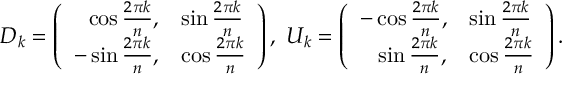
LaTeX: D _ { k } = \left( \begin{array} { l l } { { \, \, \, \, \cos \frac { 2 \pi k } { n } , } } & { { \sin \frac { 2 \pi k } { n } } } \\ { { - \sin \frac { 2 \pi k } { n } , } } & { { \cos \frac { 2 \pi k } { n } } } \end{array} \right) , \, \, U _ { k } = \left( \begin{array} { l l } { { - \cos \frac { 2 \pi k } { n } , } } & { { \sin \frac { 2 \pi k } { n } } } \\ { { \, \, \, \, \, \sin \frac { 2 \pi k } { n } , } } & { { \cos \frac { 2 \pi k } { n } } } \end{array} \right) .